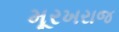
મૂરખરાજ